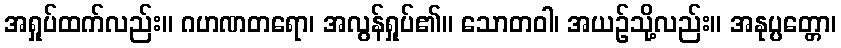
အရှုပ်ထက်လည်း။ ဂဟဏတရော၊ အလွန်ရှုပ်၏။ သောတဝါ၊ အယဉ်သို့လည်း။ အနုပ္ပတ္တော၊